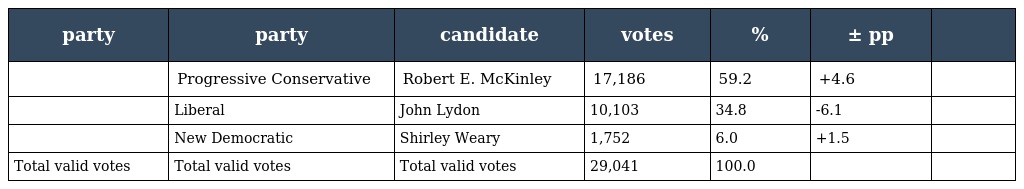
| party | party | candidate | votes | % | ± pp |  |
 | --- | --- | --- | --- | --- | --- | --- |
 |  | Progressive Conservative | Robert E. McKinley | 17,186 | 59.2 | +4.6 |  |
 |  | Liberal | John Lydon | 10,103 | 34.8 | -6.1 |  |
 |  | New Democratic | Shirley Weary | 1,752 | 6.0 | +1.5 |  |
 | Total valid votes | Total valid votes | Total valid votes | 29,041 | 100.0 |  |  |